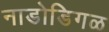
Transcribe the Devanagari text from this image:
नाडोडिगळ